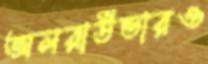
অলরাউন্ডারও